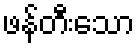
ဖန်တီးသော